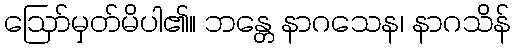
ဩော်မှတ်မိပါ၏။ ဘန္တေ နာဂသေန၊ နာဂသိန်